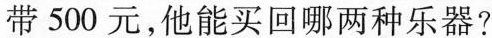
带500元，他能买回哪两种乐器?